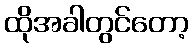
ထိုအခါတွင်တော့